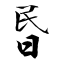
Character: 昬